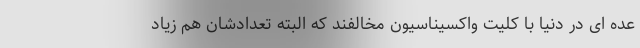
عده ای در دنیا با کلیت واکسیناسیون مخالفند که البته تعدادشان هم زیاد